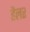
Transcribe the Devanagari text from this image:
हैलर